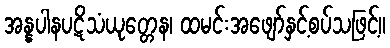
အန္နပါနပဋိသံယုတ္တေန၊ ထမင်းအဖျော်နှင့်စပ်သဖြင့်။